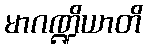
မာဂဏ္ဍိယာတိ